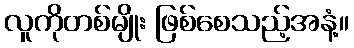
လူကိုတစ်မျိုး ဖြစ်စေသည့်အနံ့။